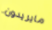
مايريدون